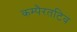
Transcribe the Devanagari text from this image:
कम्पैरतटिव